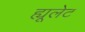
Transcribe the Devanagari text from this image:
ह्यूलेट